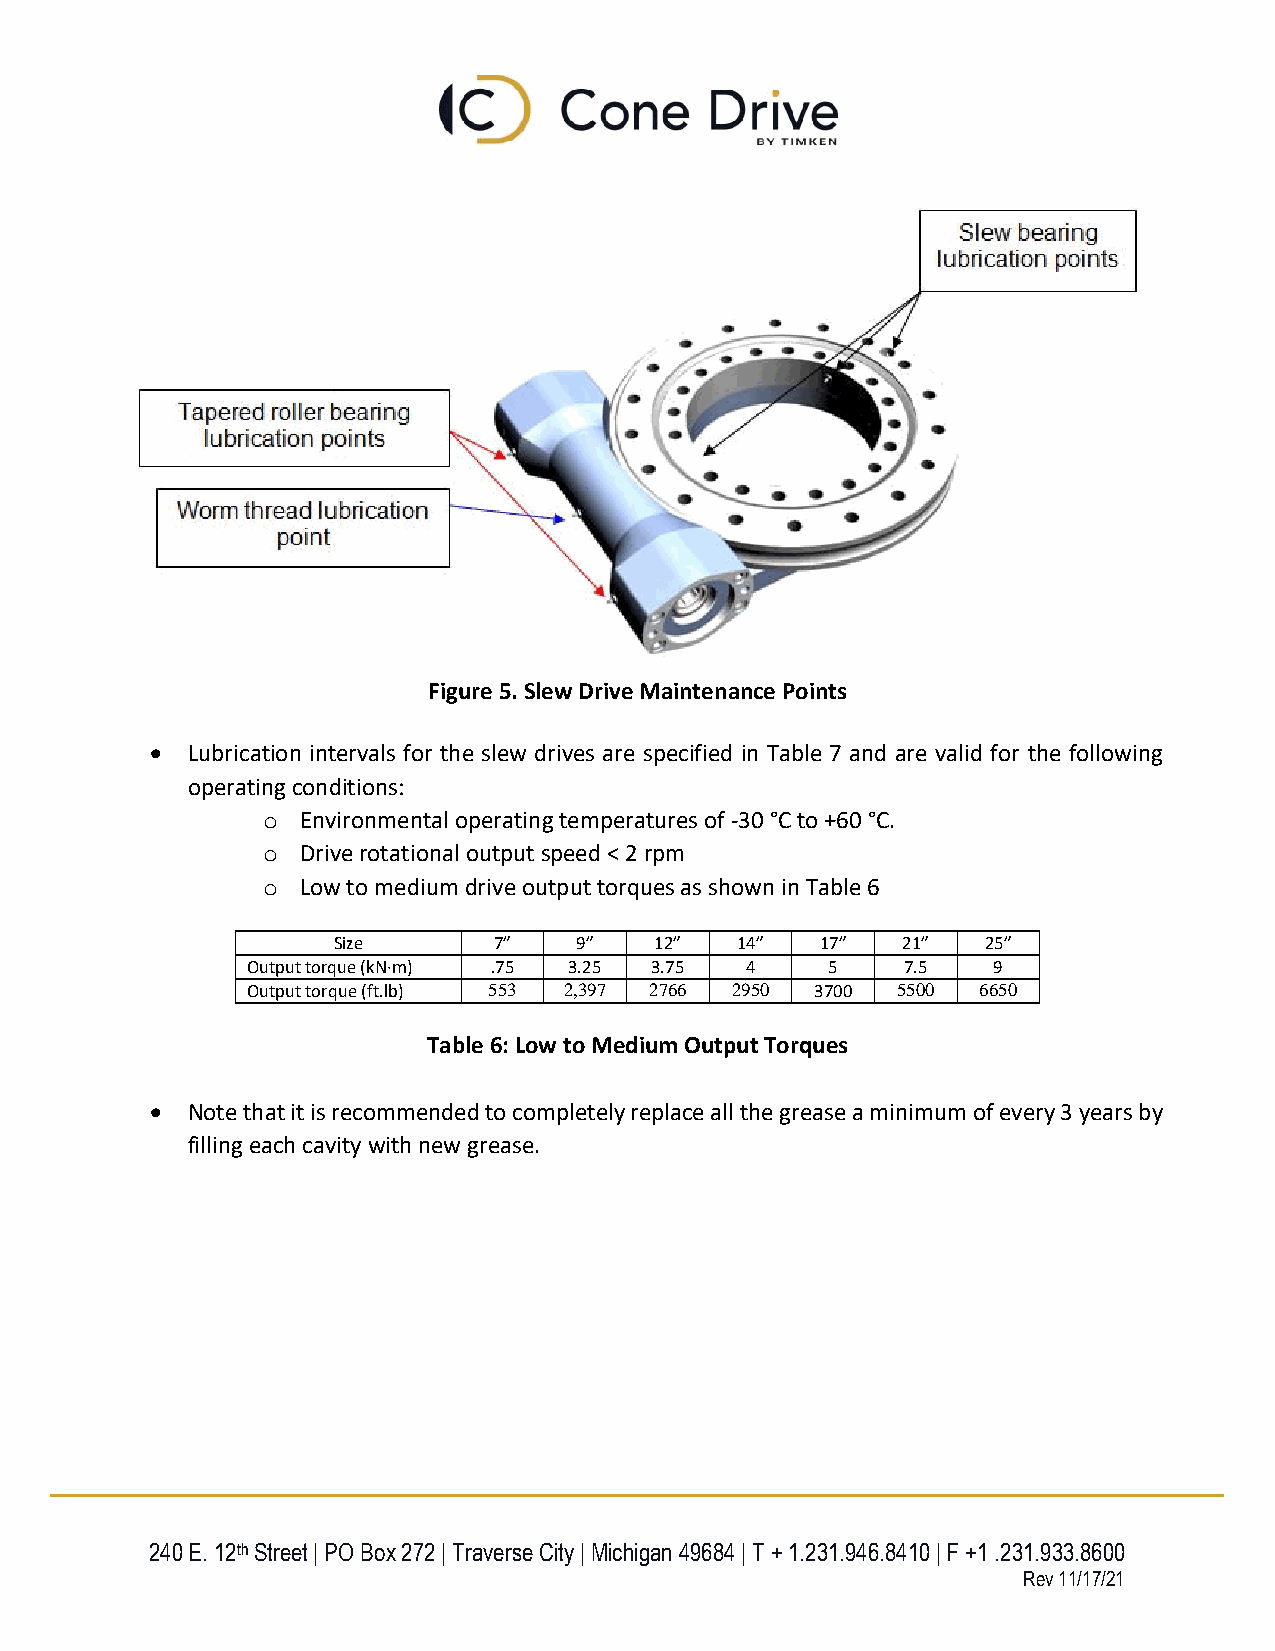
Figure 5. Slew Drive Maintenance Points
  Lubrication intervals for the slew drives are specified in Table 7 and are valid for the following
 operating conditions:
 o  Environmental operating temperatures of -30 °C to +60 °C.
 o  Drive rotational output speed < 2 rpm
 o  Low to medium drive output torques as shown in Table 6
 Size       7”   9”   12”   14”  17”   21”  25”
 Output torque (kN·m) .75 3.25 3.75 4   5    7.5   9
 Output torque (ft.lb) 553 2,397 2766 2950 3700 5500 6650
 Table 6: Low to Medium Output Torques
  Note that it is recommended to completely replace all the grease a minimum of every 3 years by
 filling each cavity with new grease.
 240 E. 12th Street | PO Box 272 | Traverse City | Michigan 49684 | T + 1.231.946.8410 | F +1 .231.933.8600
 Rev 11/17/21